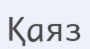
Қаяз